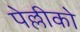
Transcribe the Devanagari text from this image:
पेल्लीको